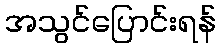
အသွင်ပြောင်းရန်